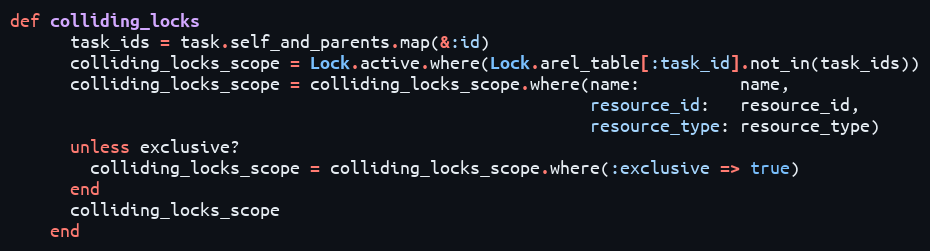
Language: Ruby
def colliding_locks
      task_ids = task.self_and_parents.map(&:id)
      colliding_locks_scope = Lock.active.where(Lock.arel_table[:task_id].not_in(task_ids))
      colliding_locks_scope = colliding_locks_scope.where(name:          name,
                                                          resource_id:   resource_id,
                                                          resource_type: resource_type)
      unless exclusive?
        colliding_locks_scope = colliding_locks_scope.where(:exclusive => true)
      end
      colliding_locks_scope
    end